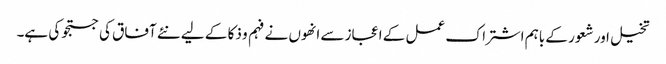
تخیل اور شعور کے باہم اشتراک عمل کے اعجاز سے انھوں نے فہم و ذکا کے لیے نئے آفاق کی جستجو کی ہے۔